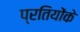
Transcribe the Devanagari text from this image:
प्रतियोंके